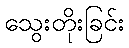
သွေးတိုးခြင်း